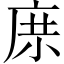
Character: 𱝅